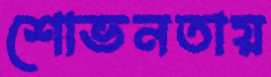
শোভনতায়